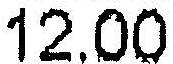
12.00